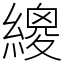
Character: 繌